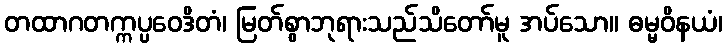
တထာဂတက္ကပ္ပဝေဒိတံ၊ မြတ်စွာဘုရားသည်သိတော်မူ အပ်သော။ ဓမ္မဝိနယံ၊